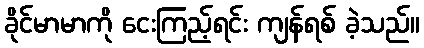
ခိုင်မာမာကို ငေးကြည့်ရင်း ကျန်ရစ် ခဲ့သည်။